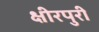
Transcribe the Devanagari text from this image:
क्षीरपुरी